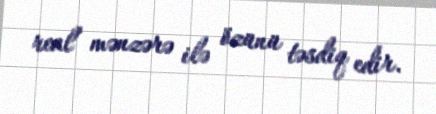
real mənzərə ilə özünü təsdiq edir.